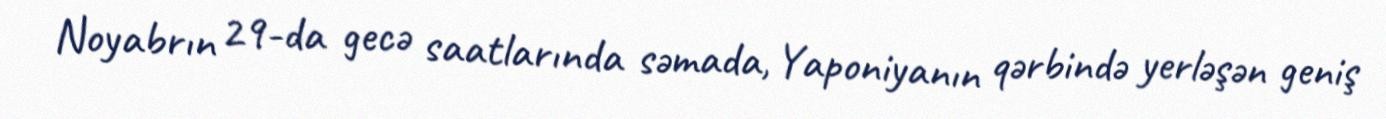
Noyabrın 29-da gecə saatlarında səmada, Yaponiyanın qərbində yerləşən geniş